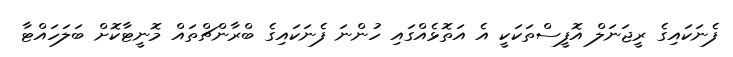
ފެނަކައިގެ ރީޖަނަލް އޮފީސްތަކަކީ އެ އަތޮޅެއްގައި ހުންނަ ފެނަކައިގެ ބްރާންޗްތައް މޮނީޓާކޮށް ބަލަހައްޓާ